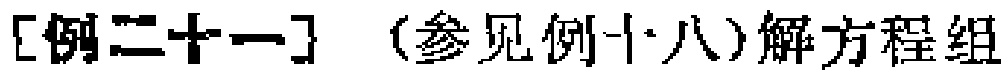
[例二十一]  (参见例十八)解方程组